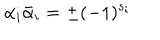
\alpha _ { i } { \bar { \alpha } } _ { i } = \pm ( - 1 ) ^ { s _ { i } }